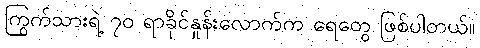
ကြွက်သားရဲ့ ၇၀ ရာခိုင်နှုန်းလောက်က ရေတွေ ဖြစ်ပါတယ်။